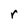
Character: r